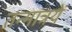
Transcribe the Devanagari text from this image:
तन्मात्रयें